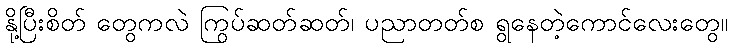
နို့ပြီးစိတ် တွေကလဲ ကြွပ်ဆတ်ဆတ်၊ ပညာတတ်စ ရွနေတဲ့ကောင်လေးတွေ။